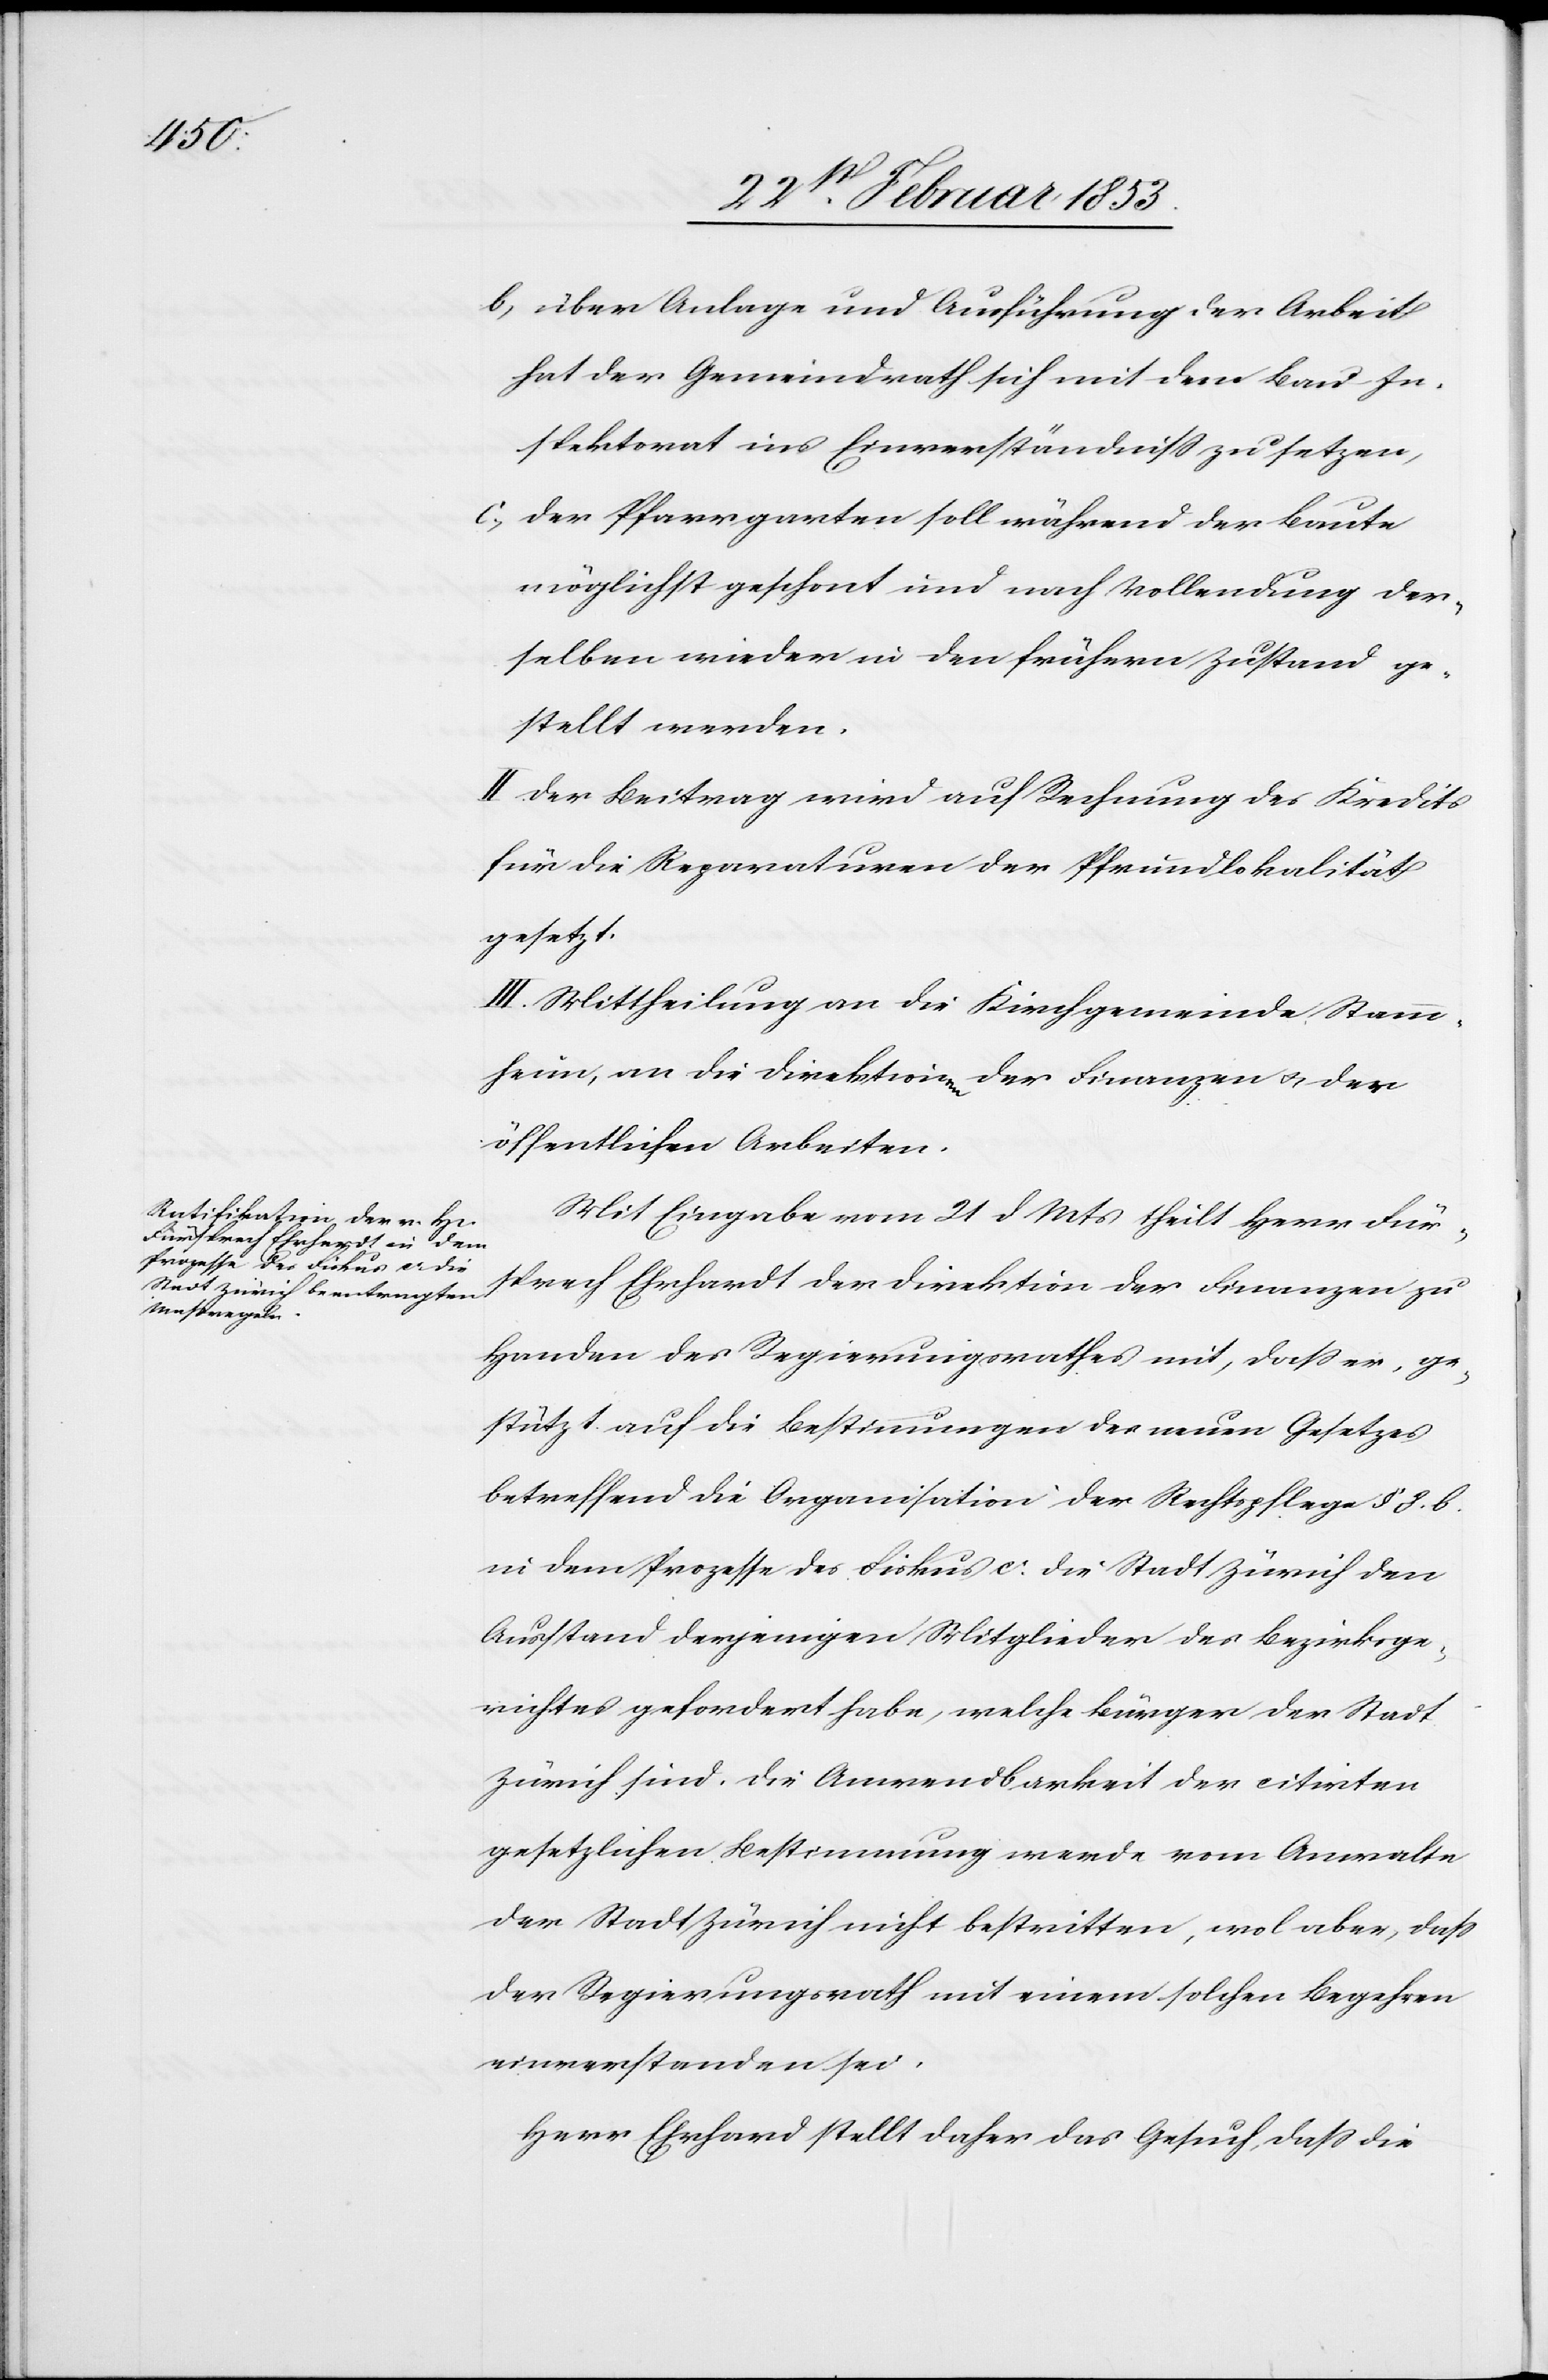
b, über Anlage und Ausführung der Arbeit
hat der Gemeindrath sich mit dem Bau-In¬
spektorat ins Einverständniß zu setzen,
c, der Pfarrgarten soll während der Baute
möglichst geschont und nach Vollendung der¬
selben wieder in den frühern Zustand ge¬
stellt werden.
II. Der Beitrag wird auf Rechnung des Kredits
für die Reparaturen der Pfrundlokalität
gesetzt.
III. Mittheilung an die Kirchgemeinde Stamm¬
heim, an die Direktion der Finanzen u. der
öffentlichen Arbeiten.
Mit Eingabe vom 21 d. Mts. theilt Herr Für¬
sprech Ehrhardt der Direktion der Finanzen zu
Handen des Regierungsrathes mit, daß er, ge¬
stützt auf die Bestimmungen des neuen Gesetzes
betreffend die Organisation der Rechtspflege § 8. b.
in dem Prozesse des Fiskus c: die Stadt Zürich den
Ausstand derjenigen Mitglieder des Bezirksge¬
richtes gefordert habe, welche Bürger der Stadt
Zürich sind. Die Anwendbarkeit der citirten
gesetzlichen Bestimmung werde vom Anwalte
der Stadt Zürich nicht bestritten, wol aber, daß
der Regierungsrath mit einem solchen Begehren
einverstanden sei.
Herr Ehrhard [sic!] stellt daher das Gesuch, daß die